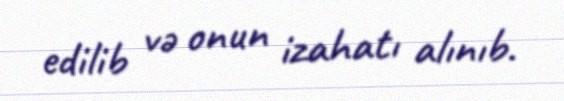
edilib və onun izahatı alınıb.